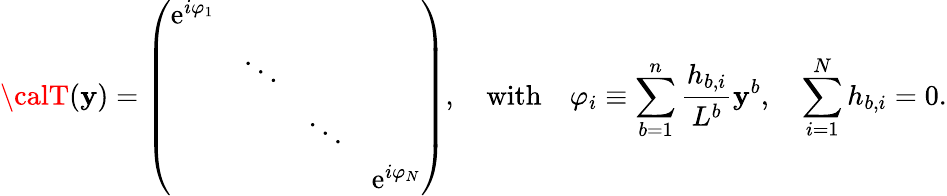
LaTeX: {\calT}(\mathbf{y})=\left(\begin{array}{cccc}{{\mathrm{e}^{i\varphi_{1}}}}&{{}}&{{}}&{{}}\\ {{}}&{{\ddots}}&{{}}&{{}}\\ {{}}&{{}}&{{\ddots}}&{{}}\\ {{}}&{{}}&{{}}&{{\mathrm{e}^{i\varphi_{N}}}}\end{array}\right),\quad\mathrm{{with}}\quad\varphi_{i}\equiv\sum_{b=1}^{n}{\frac{{h_{b,i}}}{{L^{b}}}}\mathbf{y}^{b},\quad\sum_{i=1}^{N}h_{b,i}=0.